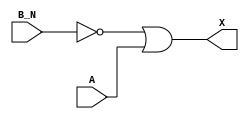
module sky130_fd_sc_ls__or2b (
    X  ,
    A  ,
    B_N
);

    // Module ports
    output X  ;
    input  A  ;
    input  B_N;

    // Module supplies
    supply1 VPWR;
    supply0 VGND;
    supply1 VPB ;
    supply0 VNB ;

    // Local signals
    wire not0_out ;
    wire or0_out_X;

    //  Name  Output     Other arguments
    not not0 (not0_out , B_N            );
    or  or0  (or0_out_X, not0_out, A    );
    buf buf0 (X        , or0_out_X      );

endmodule